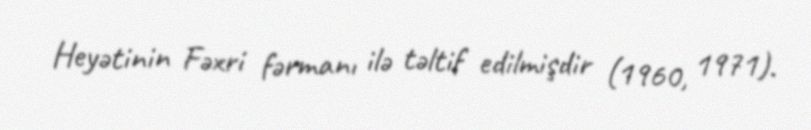
Heyətinin Fəxri fərmanı ilə təltif edilmişdir (1960, 1971).